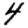
Digit: 4